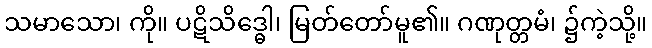
သမာသော၊ ကို။ ပဋိသိဒ္ဓေါ၊ မြတ်တော်မူ၏။ ဂဏုတ္တမံ၊ ၌ကဲ့သို့။